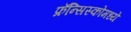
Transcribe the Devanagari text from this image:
फ्रॅन्सिस्कोमध्ये